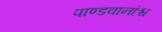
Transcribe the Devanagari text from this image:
पाण्डवानांश्च